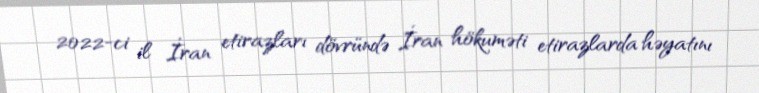
2022-ci il İran etirazları dövründə İran hökuməti etirazlarda həyatını